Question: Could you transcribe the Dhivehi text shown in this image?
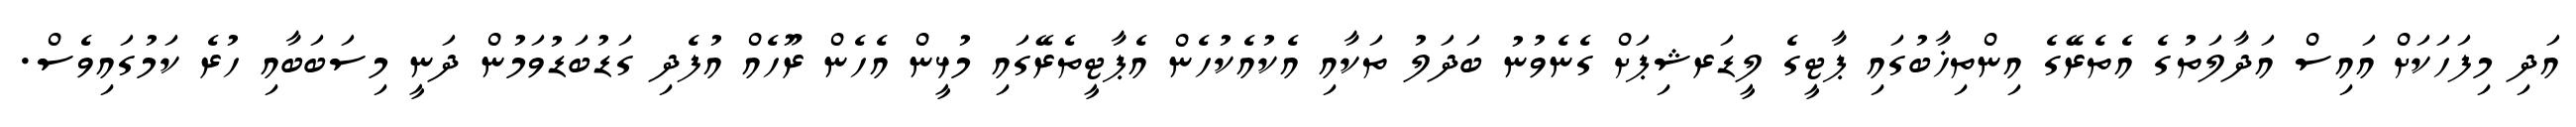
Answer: އަދި މިފަހަކަށް އައިސް އަދާލަތުގެ އެތެރޭގެ އިންތިޚާބުގައި ޕާޓީގެ ލީޑަރޝިޕަށް ގެނެވުނު ބަދަލު ތަކާއި އެކުއެކުހެން އެޕާޓީތެރޭގައި މުޅީން އެހެން ރޫހެއް އުފެދި ގަޑުބަޑުވަމުން ދަނީ މިސަބަބާއި ހުރެ ކަމުގައިވެސް.